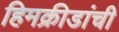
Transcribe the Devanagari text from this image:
हिमक्रीडांची